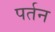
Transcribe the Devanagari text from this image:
पर्तन